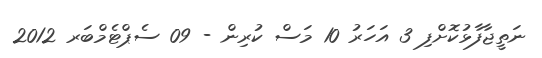
ނަތީޖާފާޅުކޮށްފި 3 އަހަރު 10 މަސް ކުރިން - 09 ސެޕްޓެމްބަރ 2012